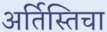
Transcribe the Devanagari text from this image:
अर्तिस्तिचा